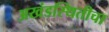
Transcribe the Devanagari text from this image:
अखंडस्थितीचा